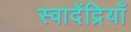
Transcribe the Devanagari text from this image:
स्वादेंद्रियाँ